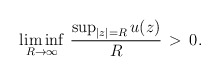
\begin{align*}\liminf_{R \to \infty} \, \frac{\sup_{|z| = R} u(z)}{R}\, > \, 0.\end{align*}